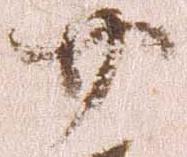
廿